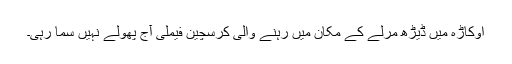
اوکاڑہ میں ڈیڑھ مرلے کے مکان میں رہنے والی کرسچین فیملی آج پھولے نہیں سما رہی۔